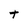
Character: t